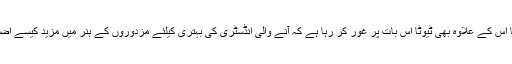
انہوں نے کہا اس کے علاوہ بھی ٹیوٹا اس بات پر غور کر رہا ہے کہ آنے والی انڈسٹری کی بہتری کیلئے مزدوروں کے ہنر میں مزید کیسے اضافہ کرنا ہے۔